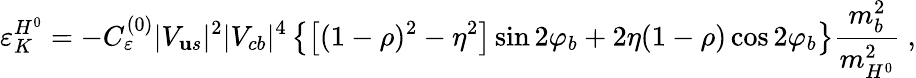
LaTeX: \varepsilon_{K}^{H^{0}}=-C_{\varepsilon}^{(0)}|V_{\mathbf{u}s}|^{2}|V_{cb}|^{4}\left\{ \left[(1-\rho)^{2}-\eta^{2}\right]\sin2\varphi_{b}+2\eta(1-\rho)\cos2\varphi_{b}\right\} \frac{{m_{b}^{2}}}{{m_{H^{0}}^{2}}}\ ,